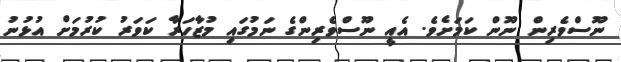
ނޫސްވެރިން ނޫން ކަމަށެވެ. އެއީ ނޫސްވެރިންގެ ނަމުގައި މުޒާހަރާ ކަވަރު ކުރުމަށް އުޅުނު